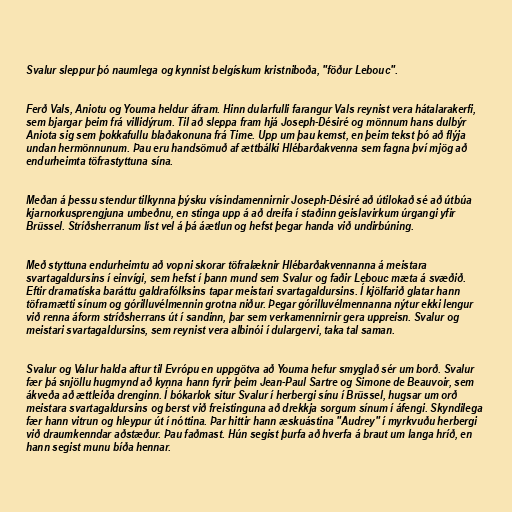
Svalur sleppur þó naumlega og kynnist belgískum kristniboða, "föður Lebouc".

Ferð Vals, Aniotu og Youma heldur áfram. Hinn dularfulli farangur Vals reynist vera hátalarakerfi,
sem bjargar þeim frá villidýrum. Til að sleppa fram hjá Joseph-Désiré og mönnum hans dulbýr
Aniota sig sem þokkafullu blaðakonuna frá Time. Upp um þau kemst, en þeim tekst þó að flýja
undan hermönnunum. Þau eru handsömuð af ættbálki Hlébarðakvenna sem fagna því mjög að
endurheimta töfrastyttuna sína.

Meðan á þessu stendur tilkynna þýsku vísindamennirnir Joseph-Désiré að útilokað sé að útbúa
kjarnorkusprengjuna umbeðnu, en stinga upp á að dreifa í staðinn geislavirkum úrgangi yfir
Brüssel. Stríðsherranum líst vel á þá áætlun og hefst þegar handa við undirbúning.

Með styttuna endurheimtu að vopni skorar töfralæknir Hlébarðakvennanna á meistara
svartagaldursins í einvígi, sem hefst í þann mund sem Svalur og faðir Lebouc mæta á svæðið.
Eftir dramatíska baráttu galdrafólksins tapar meistari svartagaldursins. Í kjölfarið glatar hann
töframætti sínum og górilluvélmennin grotna niður. Þegar górilluvélmennanna nýtur ekki lengur
við renna áform stríðsherrans út í sandinn, þar sem verkamennirnir gera uppreisn. Svalur og
meistari svartagaldursins, sem reynist vera albinói í dulargervi, taka tal saman.

Svalur og Valur halda aftur til Evrópu en uppgötva að Youma hefur smyglað sér um borð. Svalur
fær þá snjöllu hugmynd að kynna hann fyrir þeim Jean-Paul Sartre og Simone de Beauvoir, sem
ákveða að ættleiða drenginn. Í bókarlok situr Svalur í herbergi sínu í Brüssel, hugsar um orð
meistara svartagaldursins og berst við freistinguna að drekkja sorgum sínum í áfengi. Skyndilega
fær hann vitrun og hleypur út í nóttina. Þar hittir hann æskuástina "Audrey" í myrkvuðu herbergi
við draumkenndar aðstæður. Þau faðmast. Hún segist þurfa að hverfa á braut um langa hríð, en
hann segist munu bíða hennar.